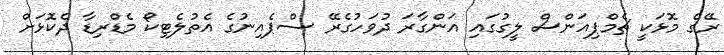
ރޭގެ މޮޅަކީ ޗެމްޕިއަންސް ލީގުގައި އަންގާރަ ދުވަހުގެރޭ ސްޕެއިނުގެ އެތުލެޓިކޯ މެޑްރިޑާ ދެކޮޅަށް